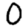
Digit: 0